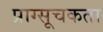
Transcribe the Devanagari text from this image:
प्राग्सूचकता